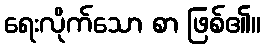
ရေးလိုက်သော စာ ဖြစ်၏။